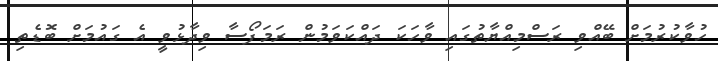
ހުވާކުރުމަށް ބޭއްވި ރަސްމިއްޔާތުގައި ވާހަކަ ދައްކަވަމުން ރަމަފޯސާ ވިދާޅުވީ އެ ގައުމަށް ބޮޑެތި